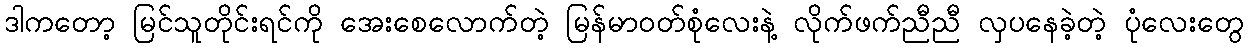
ဒါကတော့ မြင်သူတိုင်းရင်ကို အေးစေလောက်တဲ့ မြန်မာဝတ်စုံလေးနဲ့ လိုက်ဖက်ညီညီ လှပနေခဲ့တဲ့ ပုံလေးတွေ